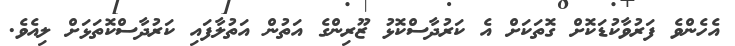
އެހެންވެ ފަރުވާކުޑަކޮށް ގޮތަކަށް އެ ކަރުދާސްކޮޅު ޒޫރިންގެ އަތުން އަތުލާފައި ކަރުދާސްކޮތަޅަށް ލިއެވެ.